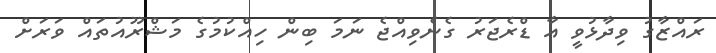
ރައްޒާގު ވިދާޅުވީ އާ ޑްރެޖަރު ގެނެވިއްޖެ ނަމަ ބިން ހިއްކުމުގެ މަޝްރޫއުތައް ވަރަށް